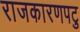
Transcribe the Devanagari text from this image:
राजकारणपटु